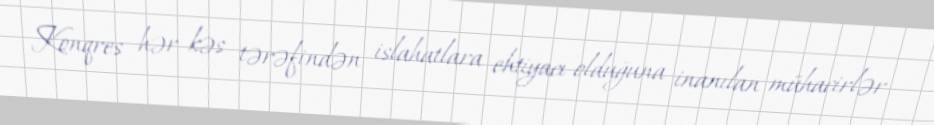
Konqres hər kəs tərəfindən islahatlara ehtiyacı olduğuna inanılan mühacirlər